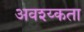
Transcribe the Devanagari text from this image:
अवश्य्कता